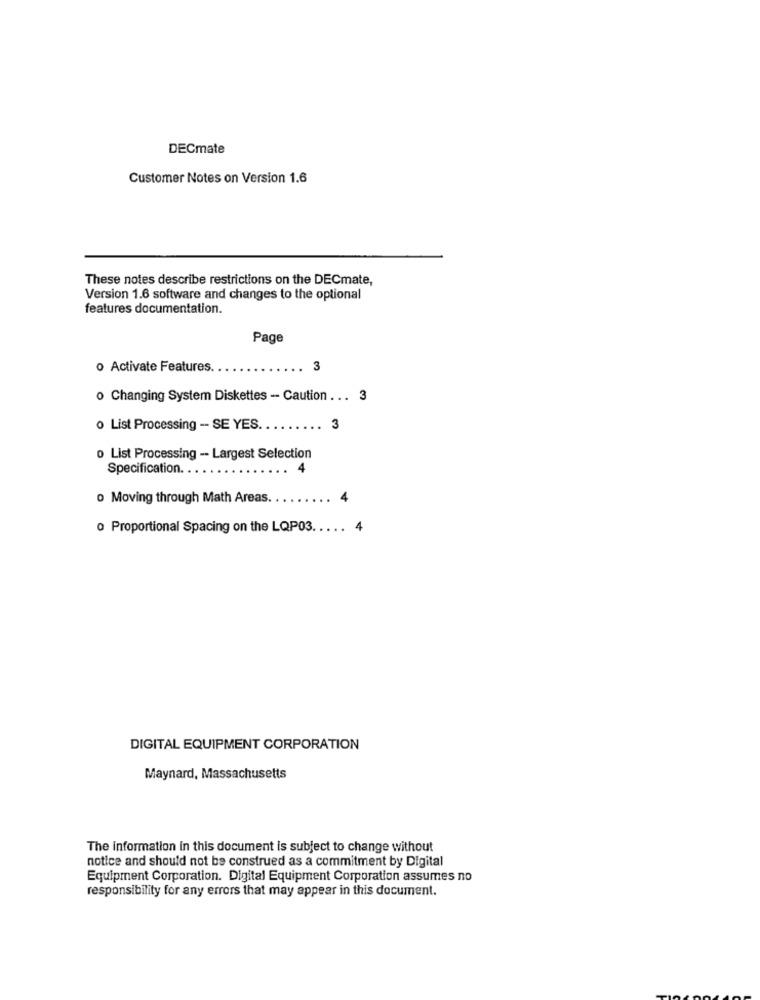
DECmate
Customer Notes on Version 1.6
These notes describe restrictions on the DECmate,
Version 1.6 software and changes to the optional
features documentation.
Page
o Activate Features
3
o Changing System Diskettes - Caution ...
3
o List Processing -- SE YES.
3
o List Processing -- Largest Selection
Specification. .
o Moving through Math Areas.
o Proportional Spacing on the LQP03.
DIGITAL EQUIPMENT CORPORATION
Maynard, Massachusetts
The information in this document is subject to change without
notice and should not be construed as a commitment by Digital
Equipment Corporation. Digital Equipment Corporation assumes no
responsibility for any errors that may appear in this document.